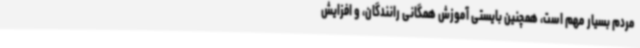
مردم بسیار مهم است، همچنین بایستی آموزش همگانی رانندگان، و افزایش